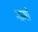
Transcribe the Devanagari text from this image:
नामोँ